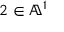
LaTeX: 2 \in \mathbb { A } ^ { 1 }